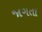
જાગતા